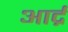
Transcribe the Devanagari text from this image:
आर्द्र